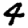
Digit: 4